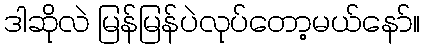
ဒါဆိုလဲ မြန်မြန်ပဲလုပ်တော့မယ်နော်။